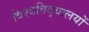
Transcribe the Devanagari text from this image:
विश्‍वविद्‌यालयों